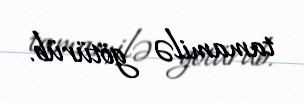
tamamilə götürüb.